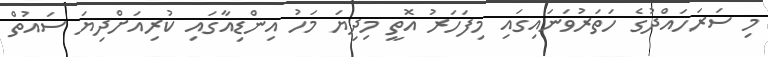
މި ސަރަހައްދުގެ ހަތަރުވަނައިގައި މިފަހަރު އޮތީ މިދިޔަ މަހު އިންޑިއާގައި ކުރިއަށްދިޔަ ސައުތް